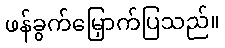
ဖန်ခွက်မြှောက်ပြသည်။